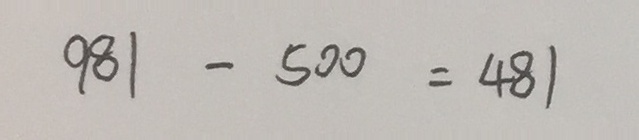
9 8 1 - 5 0 0 = 4 8 1